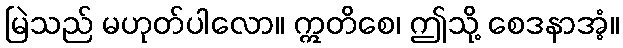
မြဲသည် မဟုတ်ပါလော။ ဣတိစေ၊ ဤသို့ စေဒနာအံ့။